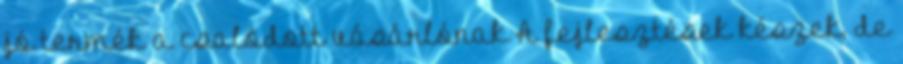
jó termék a csalódott vásárlónak A fejlesztések készek, de